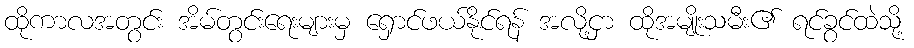
ထိုကာလအတွင်း အိမ်တွင်းရေးများမှ ရှောင်ဖယ်နိုင်ရန် အလို့ငှာ ထိုအမျိုးသမီး၏ ရင်ခွင်ထဲသို့